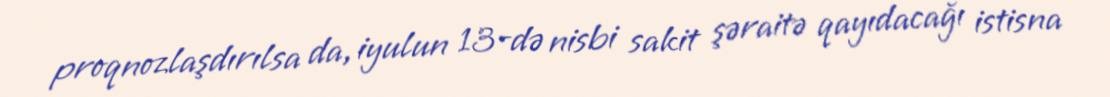
proqnozlaşdırılsa da, iyulun 13-də nisbi sakit şəraitə qayıdacağı istisna